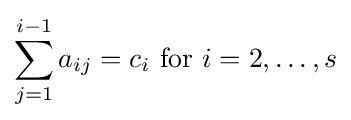
\sum _{j=1}^{i-1}a_{ij}=c_{i}{\text{ for }}i=2,\ldots ,s